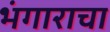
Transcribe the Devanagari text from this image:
भंगाराचा